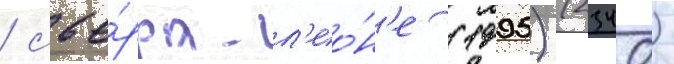
/ сье́рра-л'ео́н'е (1995) (2340)